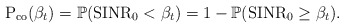
\begin{align*} \textrm{P}_\textrm{co}(\beta_t) = \mathbb{P}(\textrm{SINR}_0 < \beta_t) = 1- \mathbb{P}(\textrm{SINR}_0 \geq \beta_t).\end{align*}